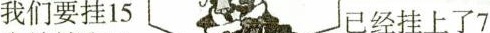
我们要挂15 已经挂上了7